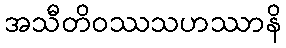
အသီတိဝဿသဟဿာနိ